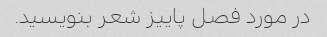
در مورد فصل پاییز شعر بنویسید.